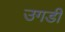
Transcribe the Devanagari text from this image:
उगडी